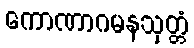
ကောဏာဂမနသုတ္တံ